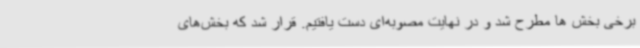
برخی بخش ها مطرح شد و در نهایت مصوبه‌ای دست یافتیم. قرار شد که بخش‌های